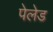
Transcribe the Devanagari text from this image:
पेलेड